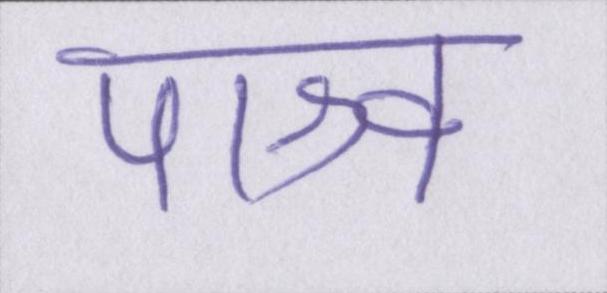
पाश्र्व